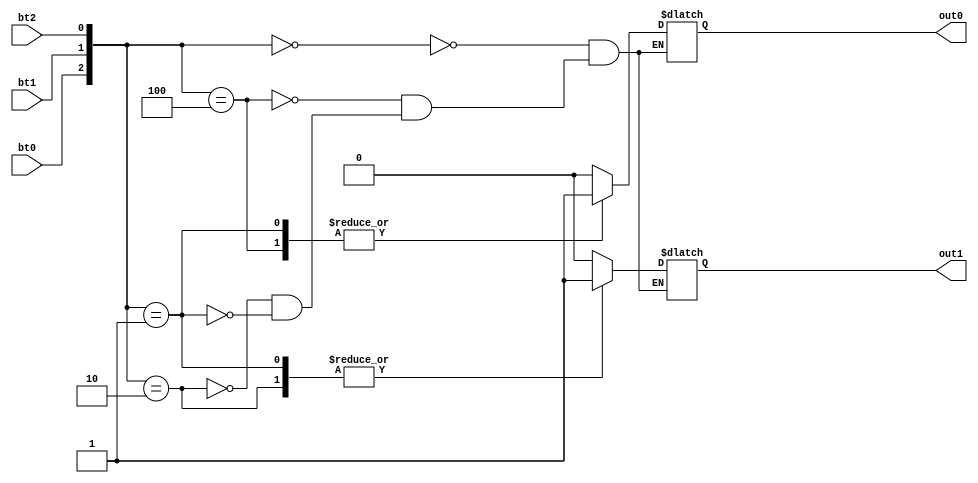
`timescale 1ns / 1ps
//////////////////////////////////////////////////////////////////////////////////
// Company: 
// Engineer: 
// 
// Design Name: 
// Module Name: dec_btn_3_2
// Project Name: 
// Target Devices: 
// Tool Versions: 
// Description: 
// 
// Dependencies: 
// 
// Revision:
// Revision 0.01 - File Created
// Additional Comments:
// 
//////////////////////////////////////////////////////////////////////////////////


module dec_btn_3_2(input bt0,input bt1,input bt2,output reg out1,output reg out0);
always@(bt0 or bt1 or bt2)
begin
case({bt0,bt1,bt2})
3'b000:{out1,out0}=2'b00;
3'b100:{out1,out0}=2'b01;
3'b010:{out1,out0}=2'b10;
3'b001:{out1,out0}=2'b11;
endcase
end
endmodule